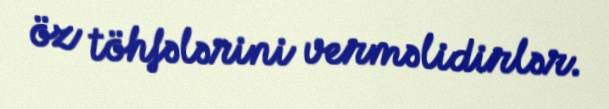
öz töhfələrini verməlidirlər.